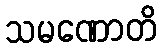
သမဏောတိ